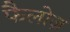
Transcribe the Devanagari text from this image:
फैलोज़